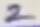
Text: 2